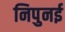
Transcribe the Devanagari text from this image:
निपुनई